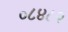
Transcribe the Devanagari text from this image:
०८४८२